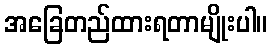
အခြေတည်ထားရတာမျိုးပါ။